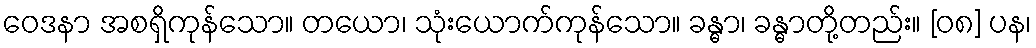
ဝေဒနာ အစရှိကုန်သော။ တယော၊ သုံးယောက်ကုန်သော။ ခန္ဓာ၊ ခန္ဓာတို့တည်း။ [၀၈] ပန၊